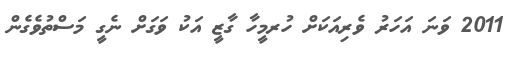
2011 ވަނަ އަހަރު ވެރިއަކަށް ހުރމީހާ ގާޒީ އަކު ވަގަށް ނެގީ މަސްތުވެގެން